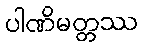
ပါဏိမတ္တဿ